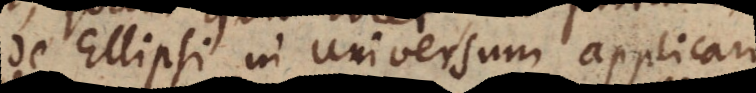
de Ellipsi in universum applicari